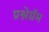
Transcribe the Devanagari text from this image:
प्रश्नेग्रॅम